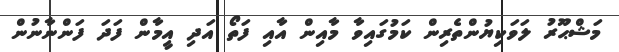
މަޝްޙޫރު ލަވަކިޔުންތެރިން ކަމުގައިވާ މާއިން އާއި ފަތޯ އަދި އީމާން ފަދަ ފަންނާނުން